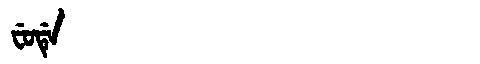
Manchu: ᠸᡠᡩᡝ
Romanization: FUDE